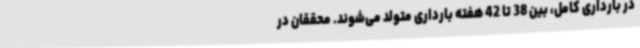
در بارداری کامل، بین 38 تا 42 هفته بارداری متولد می‌شوند. محققان در